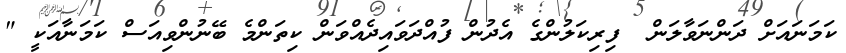
ކަމަނައަށް ދަންނަވާލަން  ފިރިކަލުންގެ އެދުން ފުއްދަވައިދެއްވަން ކިތަންމެ ބޭނުންވިއަސް ކަމަނާއަކީ "